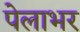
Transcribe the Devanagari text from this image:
पेलाभर